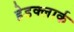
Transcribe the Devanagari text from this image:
हेडक्लार्क